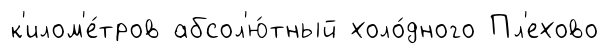
к'илом'е́тров абсол'ю́тный холо́дного Пл'ехово